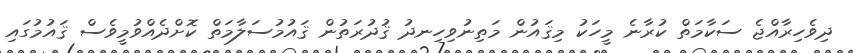
ދިވެހިރާއްޖެ ސަކާމަތް ކުރާނެ މީހަކު މިޤައުން މަތިނުވިހިނދު ޤުދުރަތުން ޤައުމުސަލާމަތް ކޮށްދެއްވުމީވެސް ޤައުމުގައި